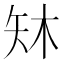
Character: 𪿈